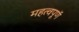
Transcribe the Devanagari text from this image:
महत्वपूणॅ